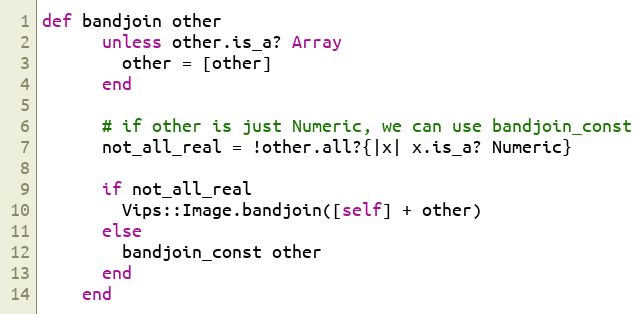
Language: Ruby
def bandjoin other
      unless other.is_a? Array
        other = [other]
      end

      # if other is just Numeric, we can use bandjoin_const
      not_all_real = !other.all?{|x| x.is_a? Numeric}

      if not_all_real
        Vips::Image.bandjoin([self] + other)
      else
        bandjoin_const other
      end
    end